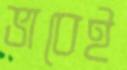
ভাবেই